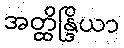
အတ္ထိန္ဒြိယာ